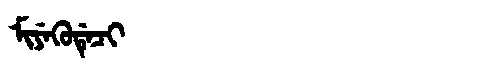
Manchu: ᠮᡳᠶᡝᡴᡠᡩᡝᠴᡳ
Romanization: MIYEKUDECI